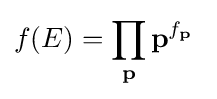
f(E)=\prod _{\mathbf {p} }\mathbf {p} ^{f_{\mathbf {p} }}\